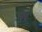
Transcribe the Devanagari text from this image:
सेक्त